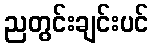
ညတွင်းချင်းပင်